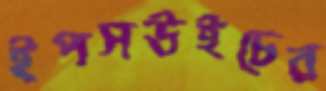
ইপসউইচের